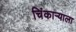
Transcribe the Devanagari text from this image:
चिंकाऱ्याला